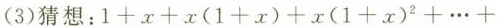
(3)猜想：$$1+x+x(1+x)+x(1+x)^{2}+\cdots+$$